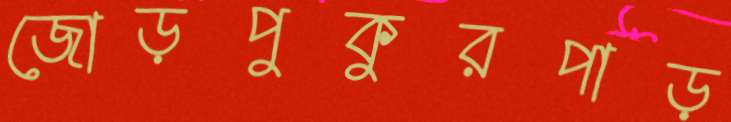
জোড়পুকুরপাড়